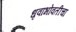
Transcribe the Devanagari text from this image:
धृवाभोवतीचा